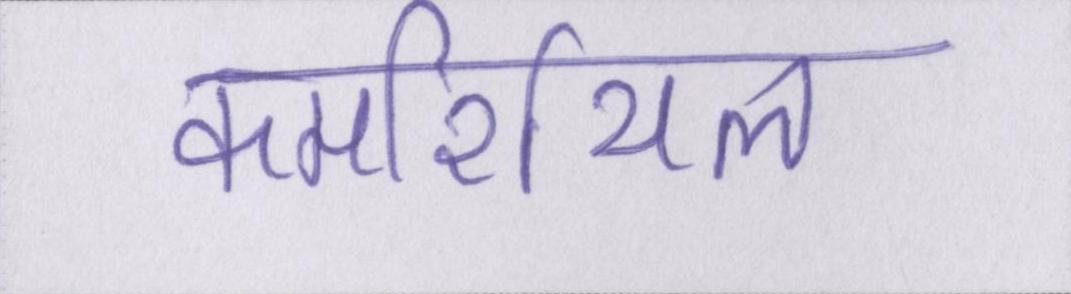
कमर्शियल